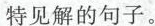
特见解的句子。